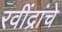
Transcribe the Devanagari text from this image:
रवींद्रांचे